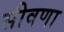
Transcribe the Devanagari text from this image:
सीवणा